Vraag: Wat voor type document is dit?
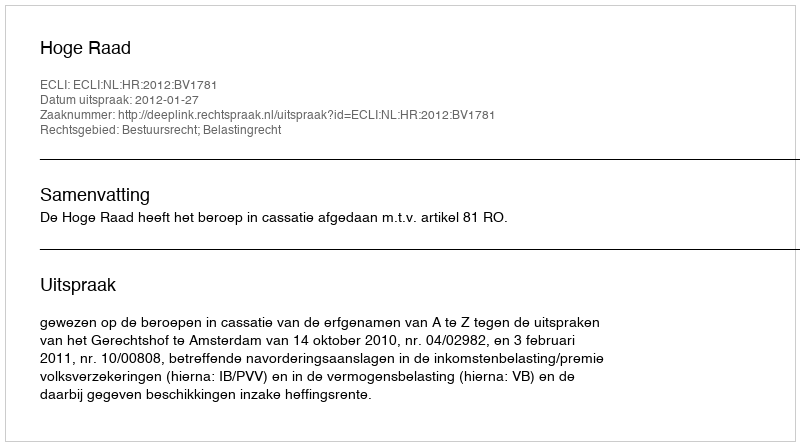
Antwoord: Uitspraak